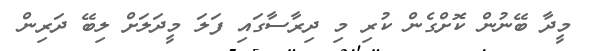
މީދާ ބޭނުން ކޮށްގެން ކުރި މި ދިރާސާގައި ފަލަ މީދަލަށް ލިބޭ ދަރިން